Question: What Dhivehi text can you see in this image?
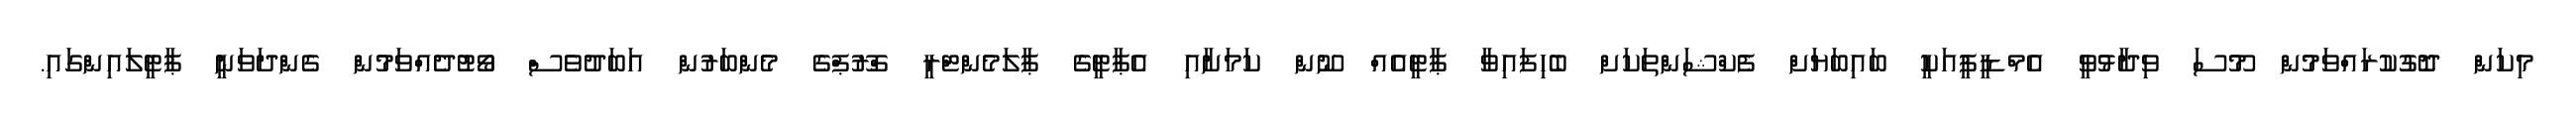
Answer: މިކަން ދޮގުކުރައްވަމުން މޫސަ ވިދާޅުވީ އެމްޑީޕީއަކީ ބައިބަޔަށް ފެކްޝަންތަކަށް ބެހިފައިވާ ޕާޓީއެއް ނޫން ކަމަށާއި އެޕާޓީގެ ޕާލަމެންޓްރީ ގްރޫޕްގެ މެންބަރުން އަބަދުވެސް ވޯޓުދެއްވަމުން ގެންދަވަނީ ޕާޓީލައިންގައި.